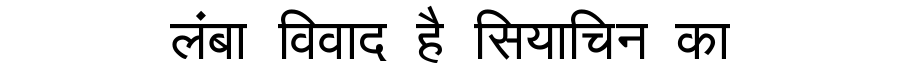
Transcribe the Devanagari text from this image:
लंबा विवाद है सियाचिन का